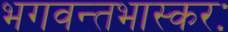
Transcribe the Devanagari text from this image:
भगवन्तभास्करः